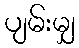
ပျမ်းမျှ